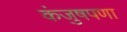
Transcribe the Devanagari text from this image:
कंजुषपणा